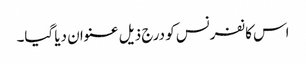
اس کانفرنس کو درج ذیل عنوان دیا گیا۔